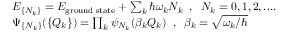
\begin{array} { r l } & { E _ { \{ N _ { k } \} } = E _ { \mathrm { g r o u n d \; s t a t e } } + \sum _ { k } \hbar \omega _ { k } N _ { k } \; \; , \; \; N _ { k } = 0 , 1 , 2 , . . . . } \\ & { \Psi _ { \{ N _ { k } \} } ( \{ Q _ { k } \} ) = \prod _ { k } \psi _ { N _ { k } } ( \beta _ { k } Q _ { k } ) \; \; , \; \; \beta _ { k } = \sqrt { \omega _ { k } / \hbar } } \end{array}